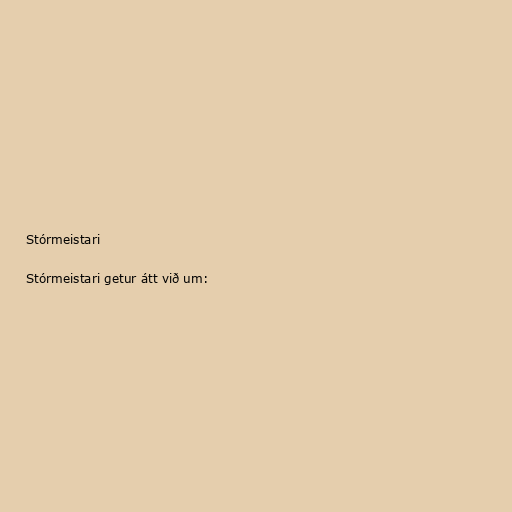
Stórmeistari

Stórmeistari getur átt við um: